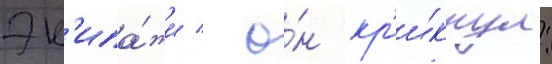
эк'ипа́жи / о́н кр'и́кнул: